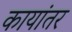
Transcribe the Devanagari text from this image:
कायांतर